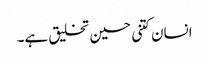
انسان کتنی حسین تخلیق ہے۔